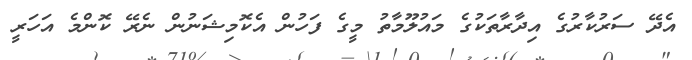
އެދޭ ސަރުކާރުގެ އިދާރާތަކުގެ މައުލޫމާތު މީގެ ފަހުން އެކޮމިޝަނުން ނެރޭ ކޮންމެ އަހަރީ